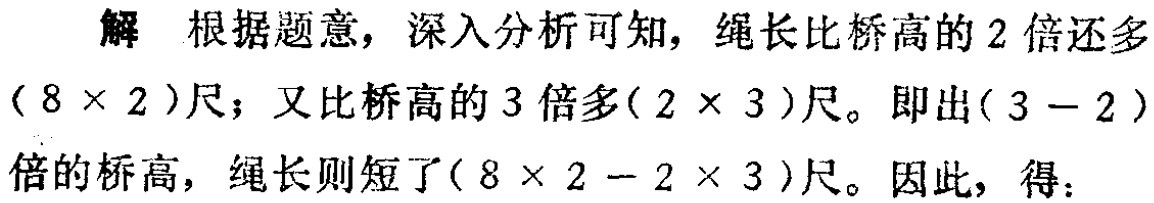
解 根据题意，深入分析可知，绳长比桥高的 2 倍还多$(8\times 2)$尺；又比桥高的 3 倍多$(2\times 3)$尺。即出$(3 - 2)$倍的桥高，绳长则短了$(8\times 2 - 2\times 3)$尺。因此，得：